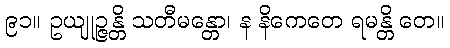
၉၁။ ဥယျုဉ္ဇန္တိ သတီမန္တော၊ န နိကေတေ ရမန္တိ တေ။